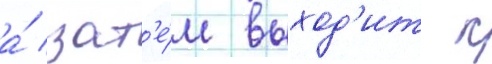
а́ зат'е́м выход'ит к